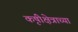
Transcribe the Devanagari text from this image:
कृषीक्षेत्राच्या